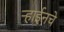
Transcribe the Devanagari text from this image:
ऱ्हाईनचे